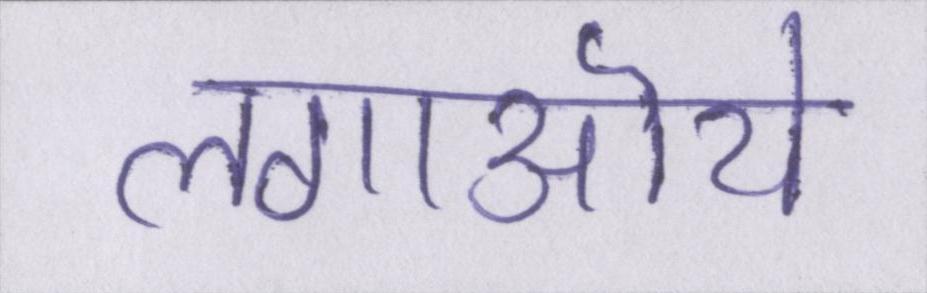
लगाऒये